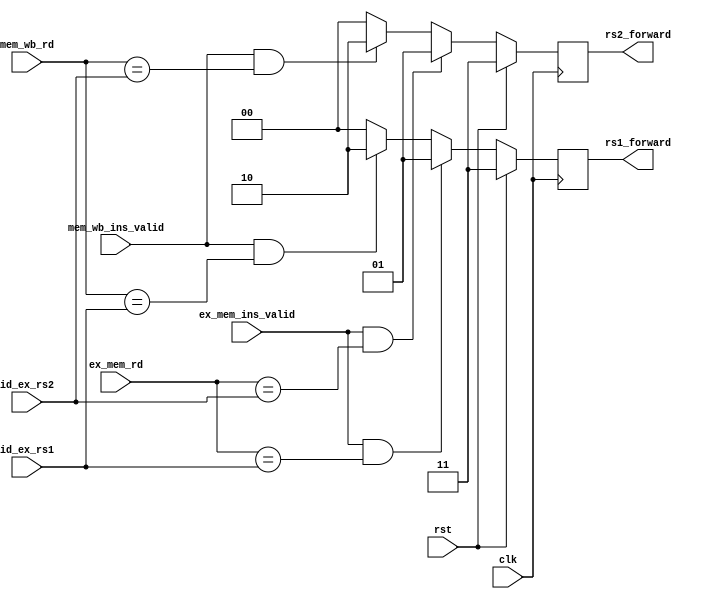
`timescale 1ns / 1ps
//////////////////////////////////////////////////////////////////////////////////
// Company: 
// Engineer: 
// 
// Design Name: 
// Module Name: forwarding_unit
// Project Name: 
// Target Devices: 
// Tool Versions: 
// Description: 
// 
// Dependencies: 
// 
// Revision:
// Revision 0.01 - File Created
// Additional Comments:
// 
//////////////////////////////////////////////////////////////////////////////////


module forwarding_unit(
input clk,
input rst,
input [4:0]id_ex_rs1,
input [4:0]id_ex_rs2,
input [4:0]ex_mem_rd,
input [4:0]mem_wb_rd,
input ex_mem_ins_valid,
input mem_wb_ins_valid,
output reg [1:0] rs1_forward,
output reg [1:0] rs2_forward
);


always @(posedge clk) begin
    if(!rst) begin
        {rs1_forward,rs2_forward} = 0;
        
        if(ex_mem_ins_valid && ex_mem_rd == id_ex_rs1) begin
            rs1_forward = 2'b01;
        end
        else if(mem_wb_ins_valid && mem_wb_rd == id_ex_rs1) begin
            rs1_forward = 2'b10;
        end
    
        if(ex_mem_ins_valid && ex_mem_rd == id_ex_rs2) begin
            rs2_forward = 2'b01;
        end
        else if(mem_wb_ins_valid && mem_wb_rd == id_ex_rs2) begin
            rs2_forward = 2'b10;
        end
    end
    else begin
        rs1_forward = 2'b11;
        rs2_forward = 2'b11;
    end
end
endmodule